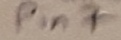
Text: Pin7